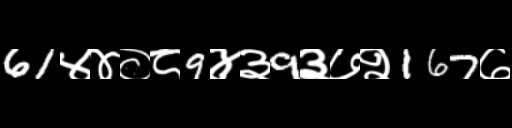
Text: 61४४०८9४३9३७२167७